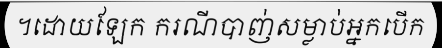
។ដោយឡែក ករណីបាញ់សម្លាប់អ្នកបើក